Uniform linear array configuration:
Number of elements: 48
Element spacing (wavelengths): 0.75
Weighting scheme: binomial
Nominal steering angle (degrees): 0
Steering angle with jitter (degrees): -1.824
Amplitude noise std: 0.05
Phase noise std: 0.05

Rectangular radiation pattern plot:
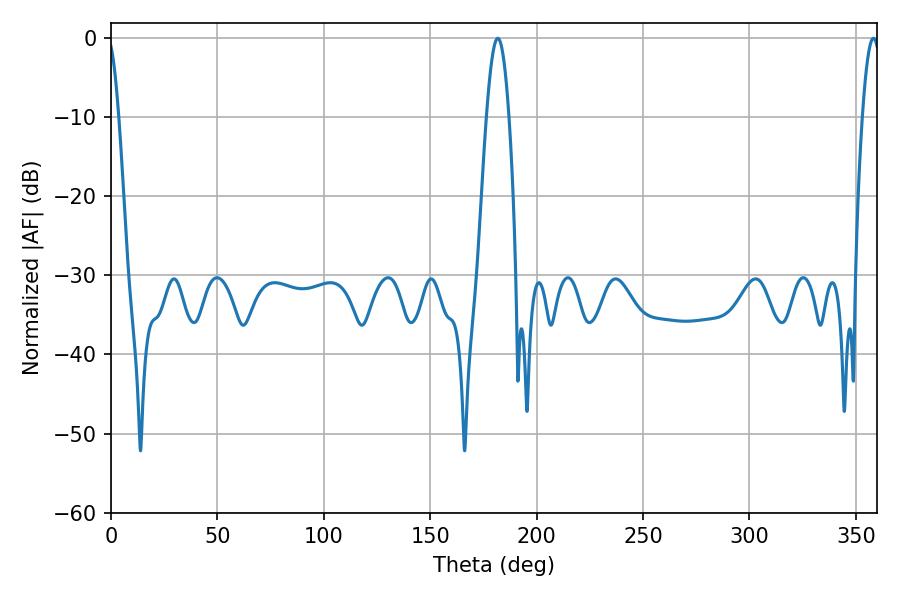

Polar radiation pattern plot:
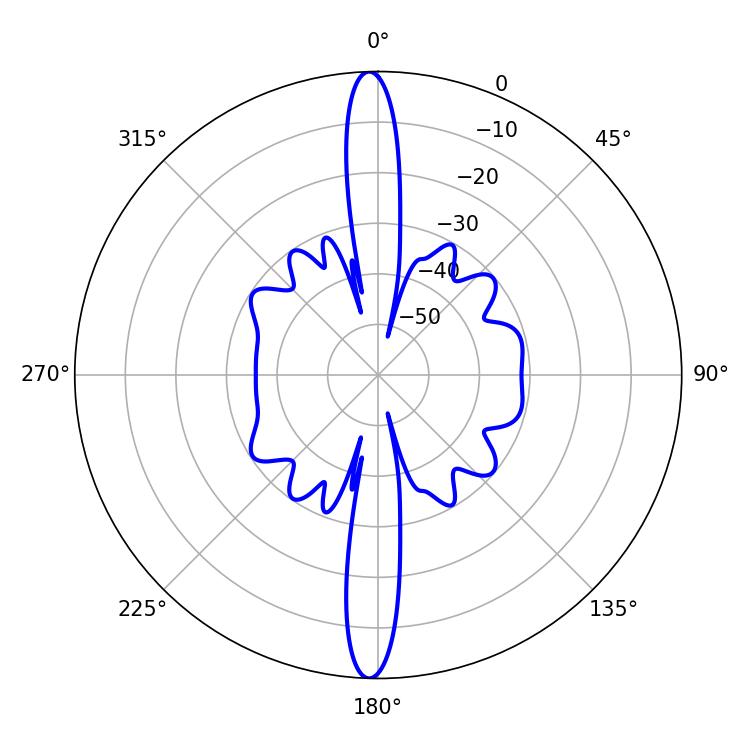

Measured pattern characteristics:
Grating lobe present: TRUE
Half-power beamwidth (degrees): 5.58
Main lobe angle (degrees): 181.8